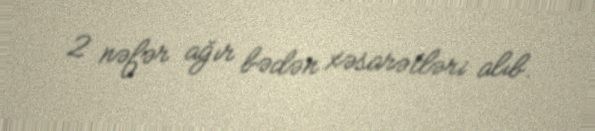
2 nəfər ağır bədən xəsarətləri alıb.